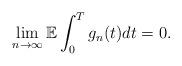
LaTeX: \begin{align*}\lim_{n\rightarrow \infty} \mathbb{E} \int_0^T g_n(t) dt = 0.\end{align*}